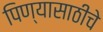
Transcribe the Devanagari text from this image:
पिण्यासाठीचे